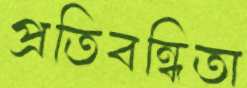
প্রতিবন্ধিতা